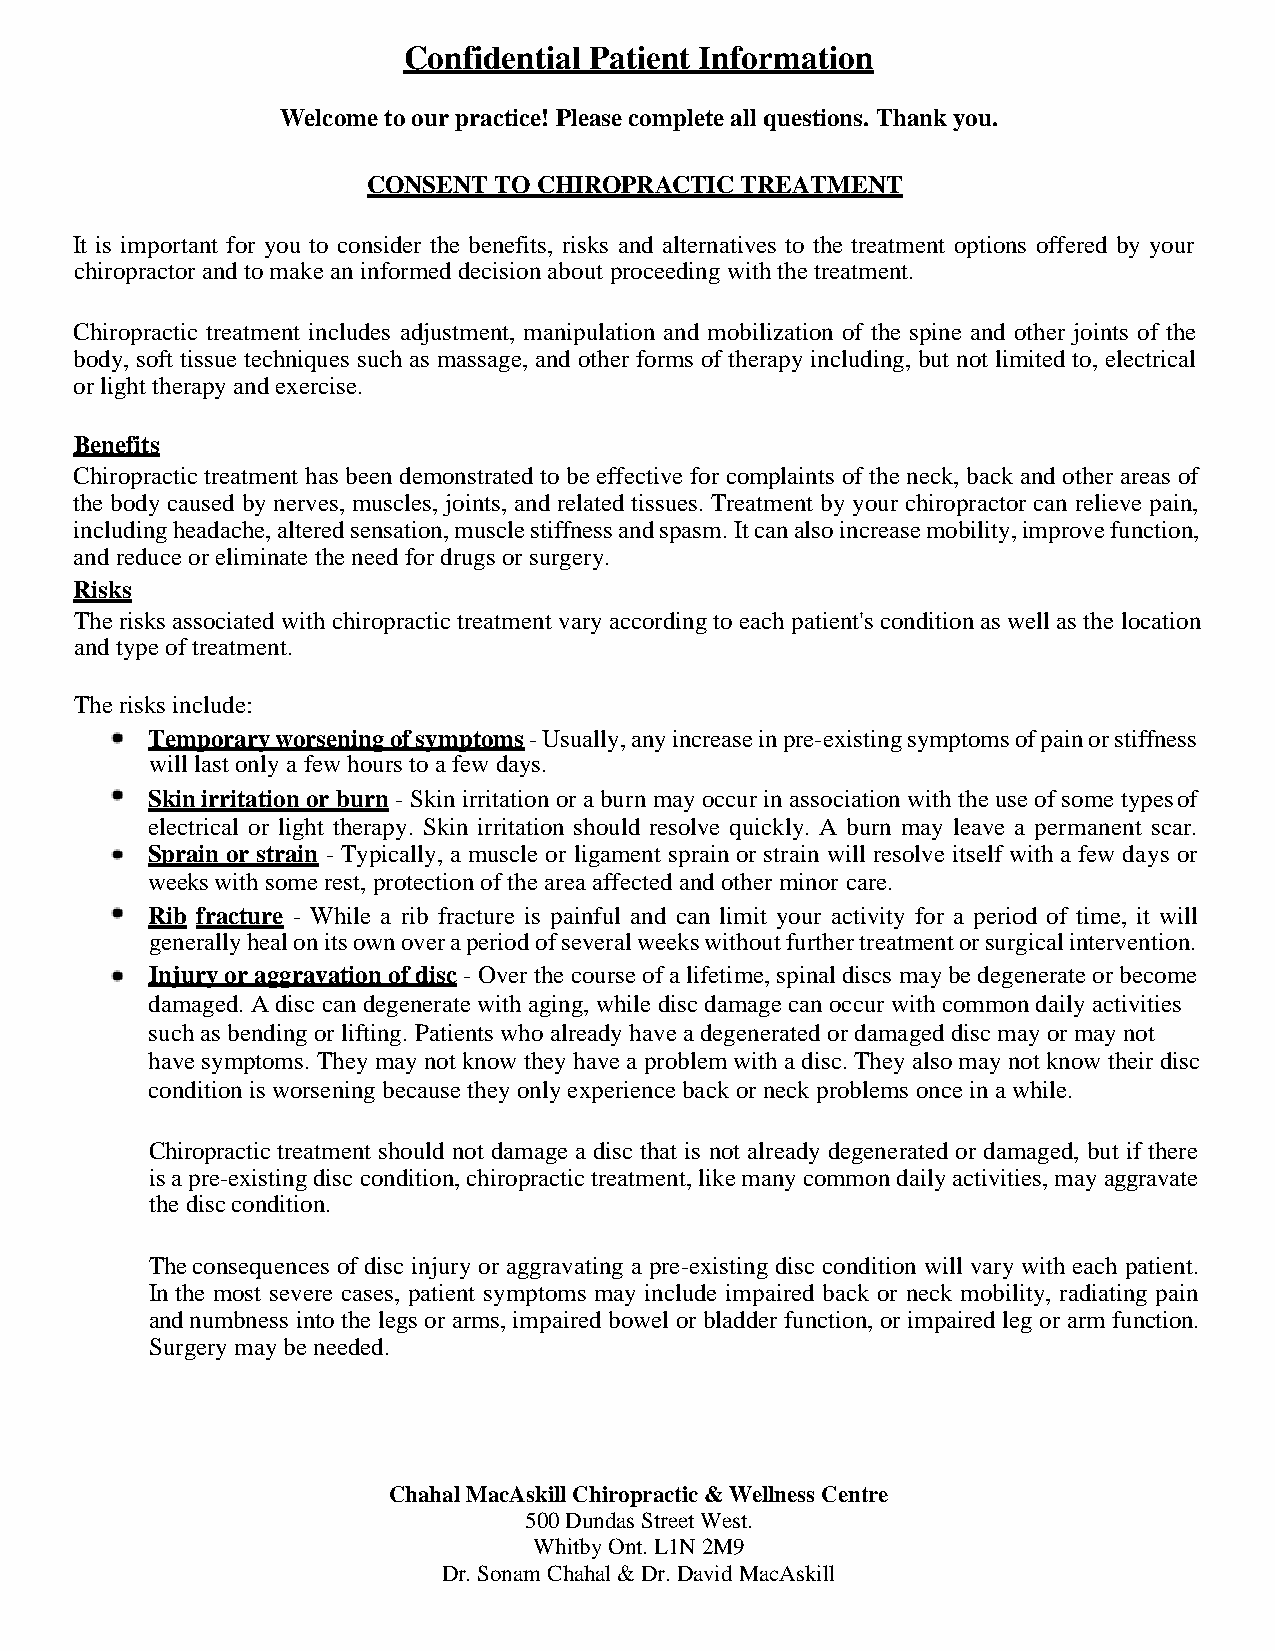
Confidential Patient Information
 Welcome to our practice! Please complete all questions. Thank you.
 CONSENT  TO CHIROPRACTIC TREATMENT
 It is important for you to consider the benefits, risks and alternatives to the treatment options offered by your
 chiropractor and to make an informed decision about proceeding with the treatment.
 Chiropractic treatment includes adjustment, manipulation and mobilization of the spine and other joints of the
 body, soft tissue techniques such as massage, and other forms of therapy including, but not limited to, electrical
 or light therapy and exercise.
 Benefits
 Chiropractic treatment has been demonstrated to be effective for complaints of the neck, back and other areas of
 the body caused by nerves, muscles, joints, and related tissues. Treatment by your chiropractor can relieve pain,
 including headache, altered sensation, muscle stiffness and spasm. It can also increase mobility, improve function,
 and reduce or eliminate the need for drugs or surgery.
 Risks
 The risks associated with chiropractic treatment vary according to each patient's condition as well as the location
 and type of treatment.
 The risks include:
 Temporary worsening of symptoms - Usually, any increase in pre-existing symptoms of pain or stiffness
 will last only a few hours to a few days.
 Skin irritation or burn - Skin irritation or a burn may occur in association with the use of some types of
 electrical or light therapy. Skin irritation should resolve quickly. A burn may leave a permanent scar.
 Sprain or strain - Typically, a muscle or ligament sprain or strain will resolve itself with a few days or
 weeks with some rest, protection of the area affected and other minor care.
 Rib fracture - While a rib fracture is painful and can limit your activity for a period of time, it will
 generally heal on its own over a period of several weeks without further treatment or surgical intervention.
 Injury or aggravation of disc - Over the course of a lifetime, spinal discs may be degenerate or become
 damaged. A disc can degenerate with aging, while disc damage can occur with common daily activities
 such as bending or lifting. Patients who already have a degenerated or damaged disc may or may not
 have symptoms. They may not know they have a problem with a disc. They also may not know their disc
 condition is worsening because they only experience back or neck problems once in a while.
 Chiropractic treatment should not damage a disc that is not already degenerated or damaged, but if there
 is a pre-existing disc condition, chiropractic treatment, like many common daily activities, may aggravate
 the disc condition.
 The consequences of disc injury or aggravating a pre-existing disc condition will vary with each patient.
 In the most severe cases, patient symptoms may include impaired back or neck mobility, radiating pain
 and numbness into the legs or arms, impaired bowel or bladder function, or impaired leg or arm function.
 Surgery may be needed.
 Chahal MacAskill Chiropractic & Wellness Centre
 500 Dundas Street West.
 Whitby Ont. L1N 2M9
 Dr. Sonam Chahal & Dr. David MacAskill